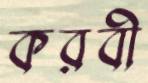
করবী